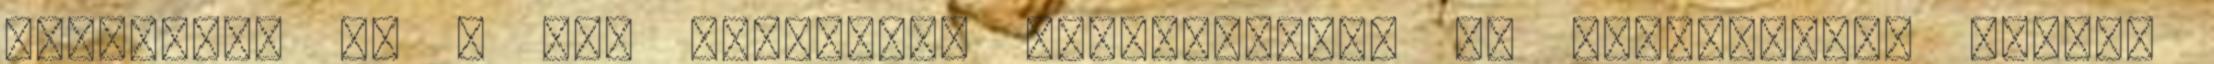
elszámolt és a “3. Elszámolt értékvesztés és visszaírás” sorban